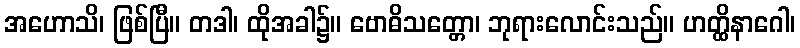
အဟောသိ၊ ဖြစ်ပြီ။ တဒါ၊ ထိုအခါ၌။ ဗောဓိသတ္တော၊ ဘုရားလောင်းသည်။ ဟတ္ထိနာဂေါ၊